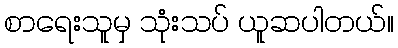
စာရေးသူမှ သုံးသပ် ယူဆပါတယ်။